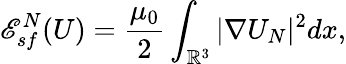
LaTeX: {\mathscr E}_{sf}^{N}(U)=\frac{\mu_{0}}{2}\int_{{\mathbb R}^{3}}|\nabla U_{N}|^{2}dx,